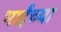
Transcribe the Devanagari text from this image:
भाईंच्या